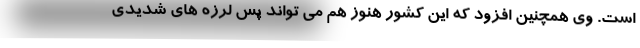
است. وی همچنین افزود که این کشور هنوز هم می تواند پس لرزه های شدیدی